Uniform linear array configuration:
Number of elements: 48
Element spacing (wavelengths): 0.75
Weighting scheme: hann
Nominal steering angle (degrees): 0
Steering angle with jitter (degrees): -0.4679
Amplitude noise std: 0.05
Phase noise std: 0.05

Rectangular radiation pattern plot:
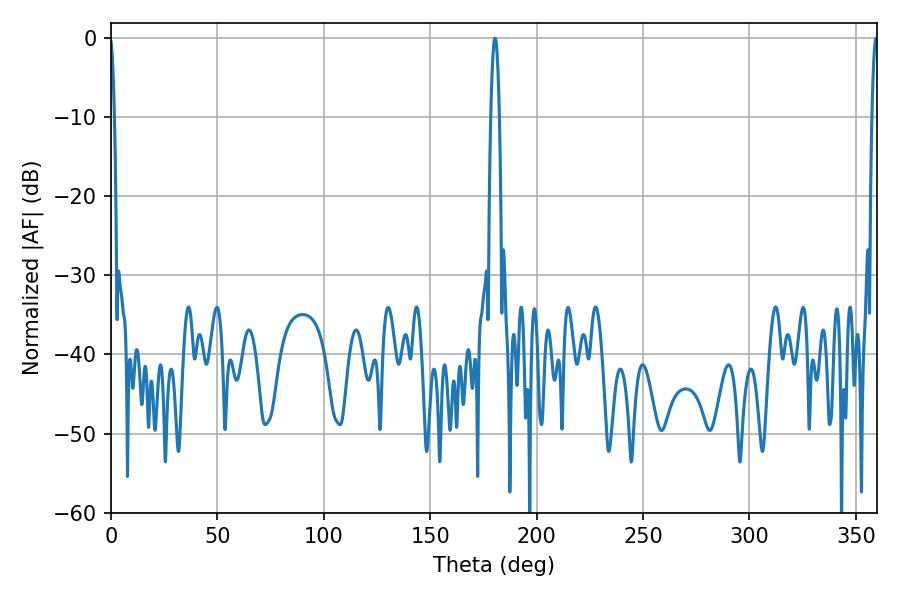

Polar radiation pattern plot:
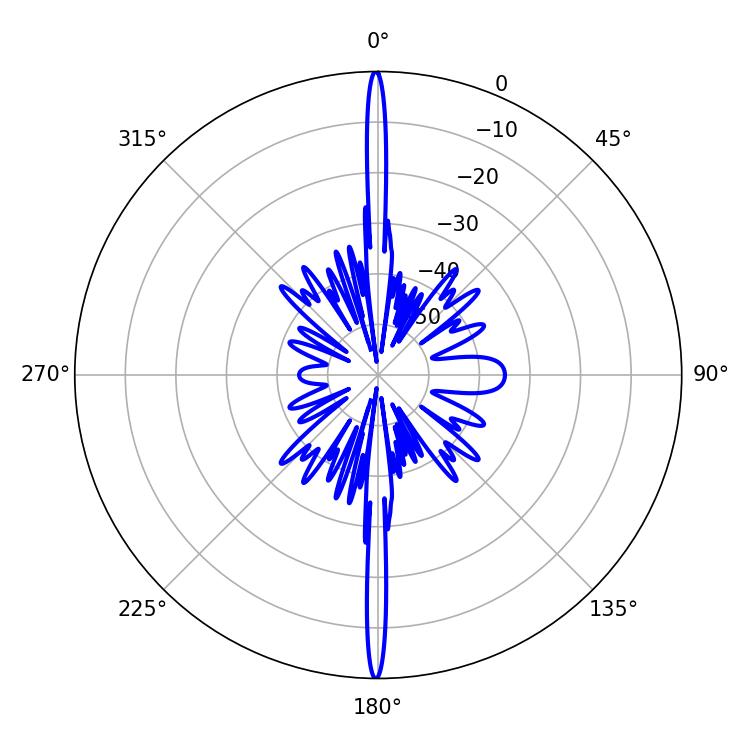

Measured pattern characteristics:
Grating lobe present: TRUE
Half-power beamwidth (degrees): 1.62
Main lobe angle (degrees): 359.46